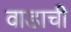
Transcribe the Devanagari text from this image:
वाडाची